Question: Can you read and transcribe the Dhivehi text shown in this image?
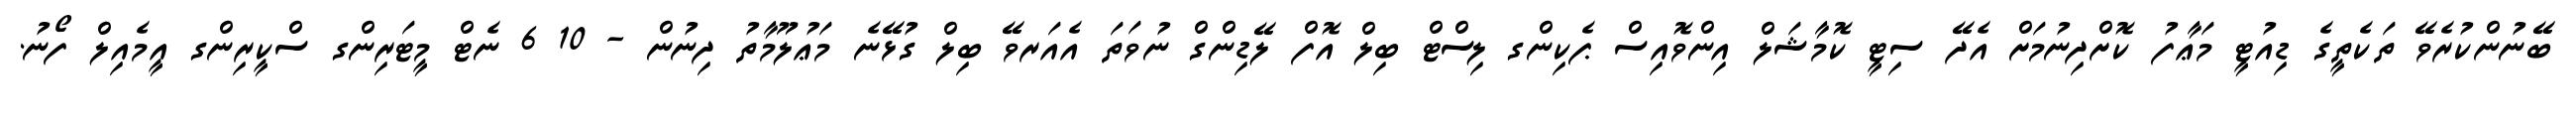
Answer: ބޭނުންކުރެވޭ ތަކެތީގެ ޑިއުޓީ މަޢާފު ކޮށްދިނުމަށް އެދޭ ސިޓީ ކޮމާޝަލް އިންވޮއިސް ޕެކިންގ ލިސްޓް ބިލް އޮފް ލޭޑިންގް ނުވަތަ އެއަރވޭ ބިލް ގުޅޭނެ މަޢުލޫމާތު ދިނުން - 10 6 ނެޓް މީޓަރިންގ ސްކީރިންގ އީމެއިލް ފޯނު.